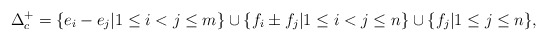
\begin{align*} \Delta _c ^+ =\{ e_i-e_j | 1 \leq i < j \leq m \} \cup \{ f_i \pm f_j | 1 \leq i < j \leq n \} \cup \{ f_j | 1 \leq j \leq n \},\end{align*}